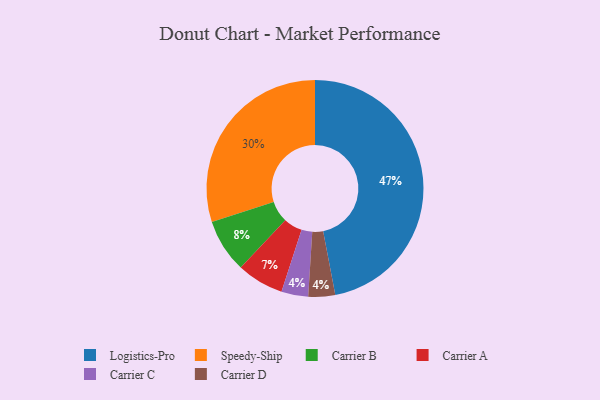
{"axis": {"x": "Category", "y": "Percentage"}, "legend": ["Carrier A", "Carrier B", "Carrier C", "Carrier D", "Logistics-Pro", "Speedy-Ship"], "data": [{"x": "Carrier B", "y": 8, "type": "Carrier B"}, {"x": "Logistics-Pro", "y": 47, "type": "Logistics-Pro"}, {"x": "Speedy-Ship", "y": 30, "type": "Speedy-Ship"}, {"x": "Carrier A", "y": 7, "type": "Carrier A"}, {"x": "Carrier C", "y": 4, "type": "Carrier C"}, {"x": "Carrier D", "y": 4, "type": "Carrier D"}]}